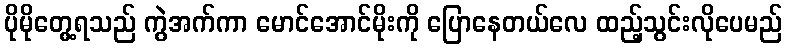
ပိုမိုတွေ့ရသည် ကွဲအက်ကာ မောင်အောင်မိုးကို ပြောနေတယ်လေ ထည့်သွင်းလိုပေမည်